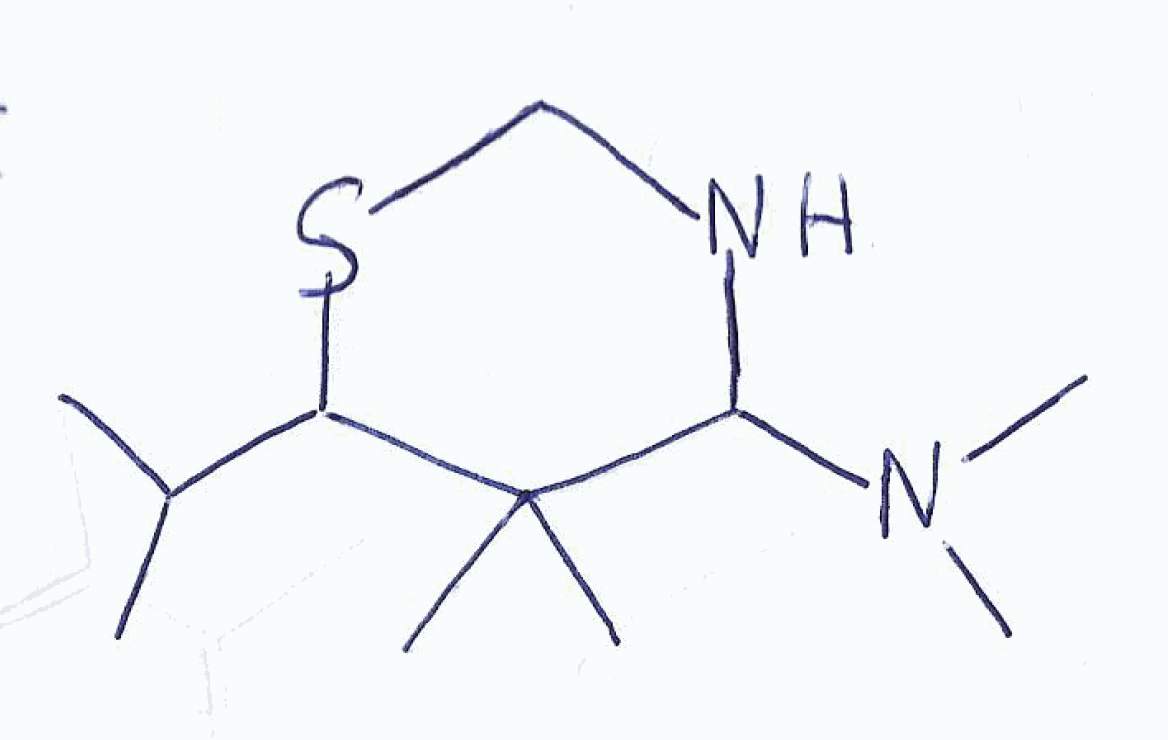
Simplified molecular-input line-entry system (SMILES) notation of the given molecule:
CC(C)C1C(C(NCS1)N(C)C)(C)C